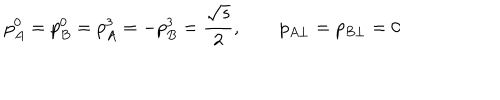
LaTeX: p _ { A } ^ { 0 } = p _ { B } ^ { 0 } = p _ { A } ^ { 3 } = - p _ { B } ^ { 3 } = \frac { \sqrt { s } } { 2 } , \qquad p _ { A \perp } = p _ { B \perp } = 0